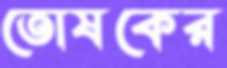
তোষকের